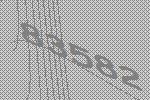
83582